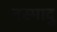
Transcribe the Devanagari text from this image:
तस्मादु